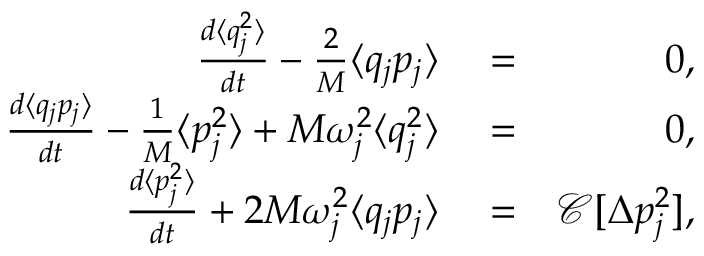
\begin{array} { r l r } { \frac { d \langle q _ { j } ^ { 2 } \rangle } { d t } - \frac { 2 } { M } \langle q _ { j } p _ { j } \rangle } & { { } = } & { 0 , } \\ { \frac { d \langle q _ { j } p _ { j } \rangle } { d t } - \frac { 1 } { M } \langle p _ { j } ^ { 2 } \rangle + M \omega _ { j } ^ { 2 } \langle q _ { j } ^ { 2 } \rangle } & { { } = } & { 0 , } \\ { \frac { d \langle p _ { j } ^ { 2 } \rangle } { d t } + 2 M \omega _ { j } ^ { 2 } \langle q _ { j } p _ { j } \rangle } & { { } = } & { \mathcal { C } [ \Delta p _ { j } ^ { 2 } ] , } \end{array}